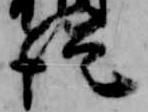
従